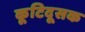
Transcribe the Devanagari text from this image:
कूटिदूसक